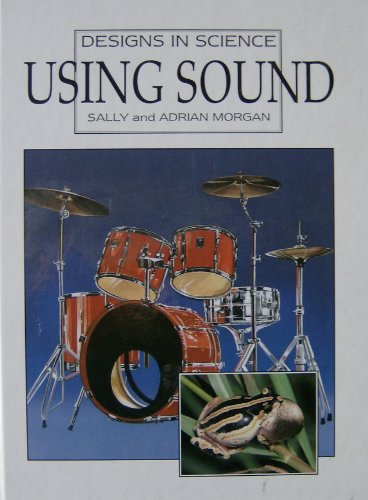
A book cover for Using Sound (Designs in Science); Sally Morgan; Children's Books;